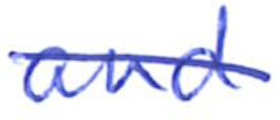
Text: and
Cross-out: diagonal
Writing tool: ballpoint